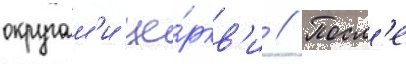
округам'и це́ркв'и // Посл'е